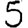
Digit: 5